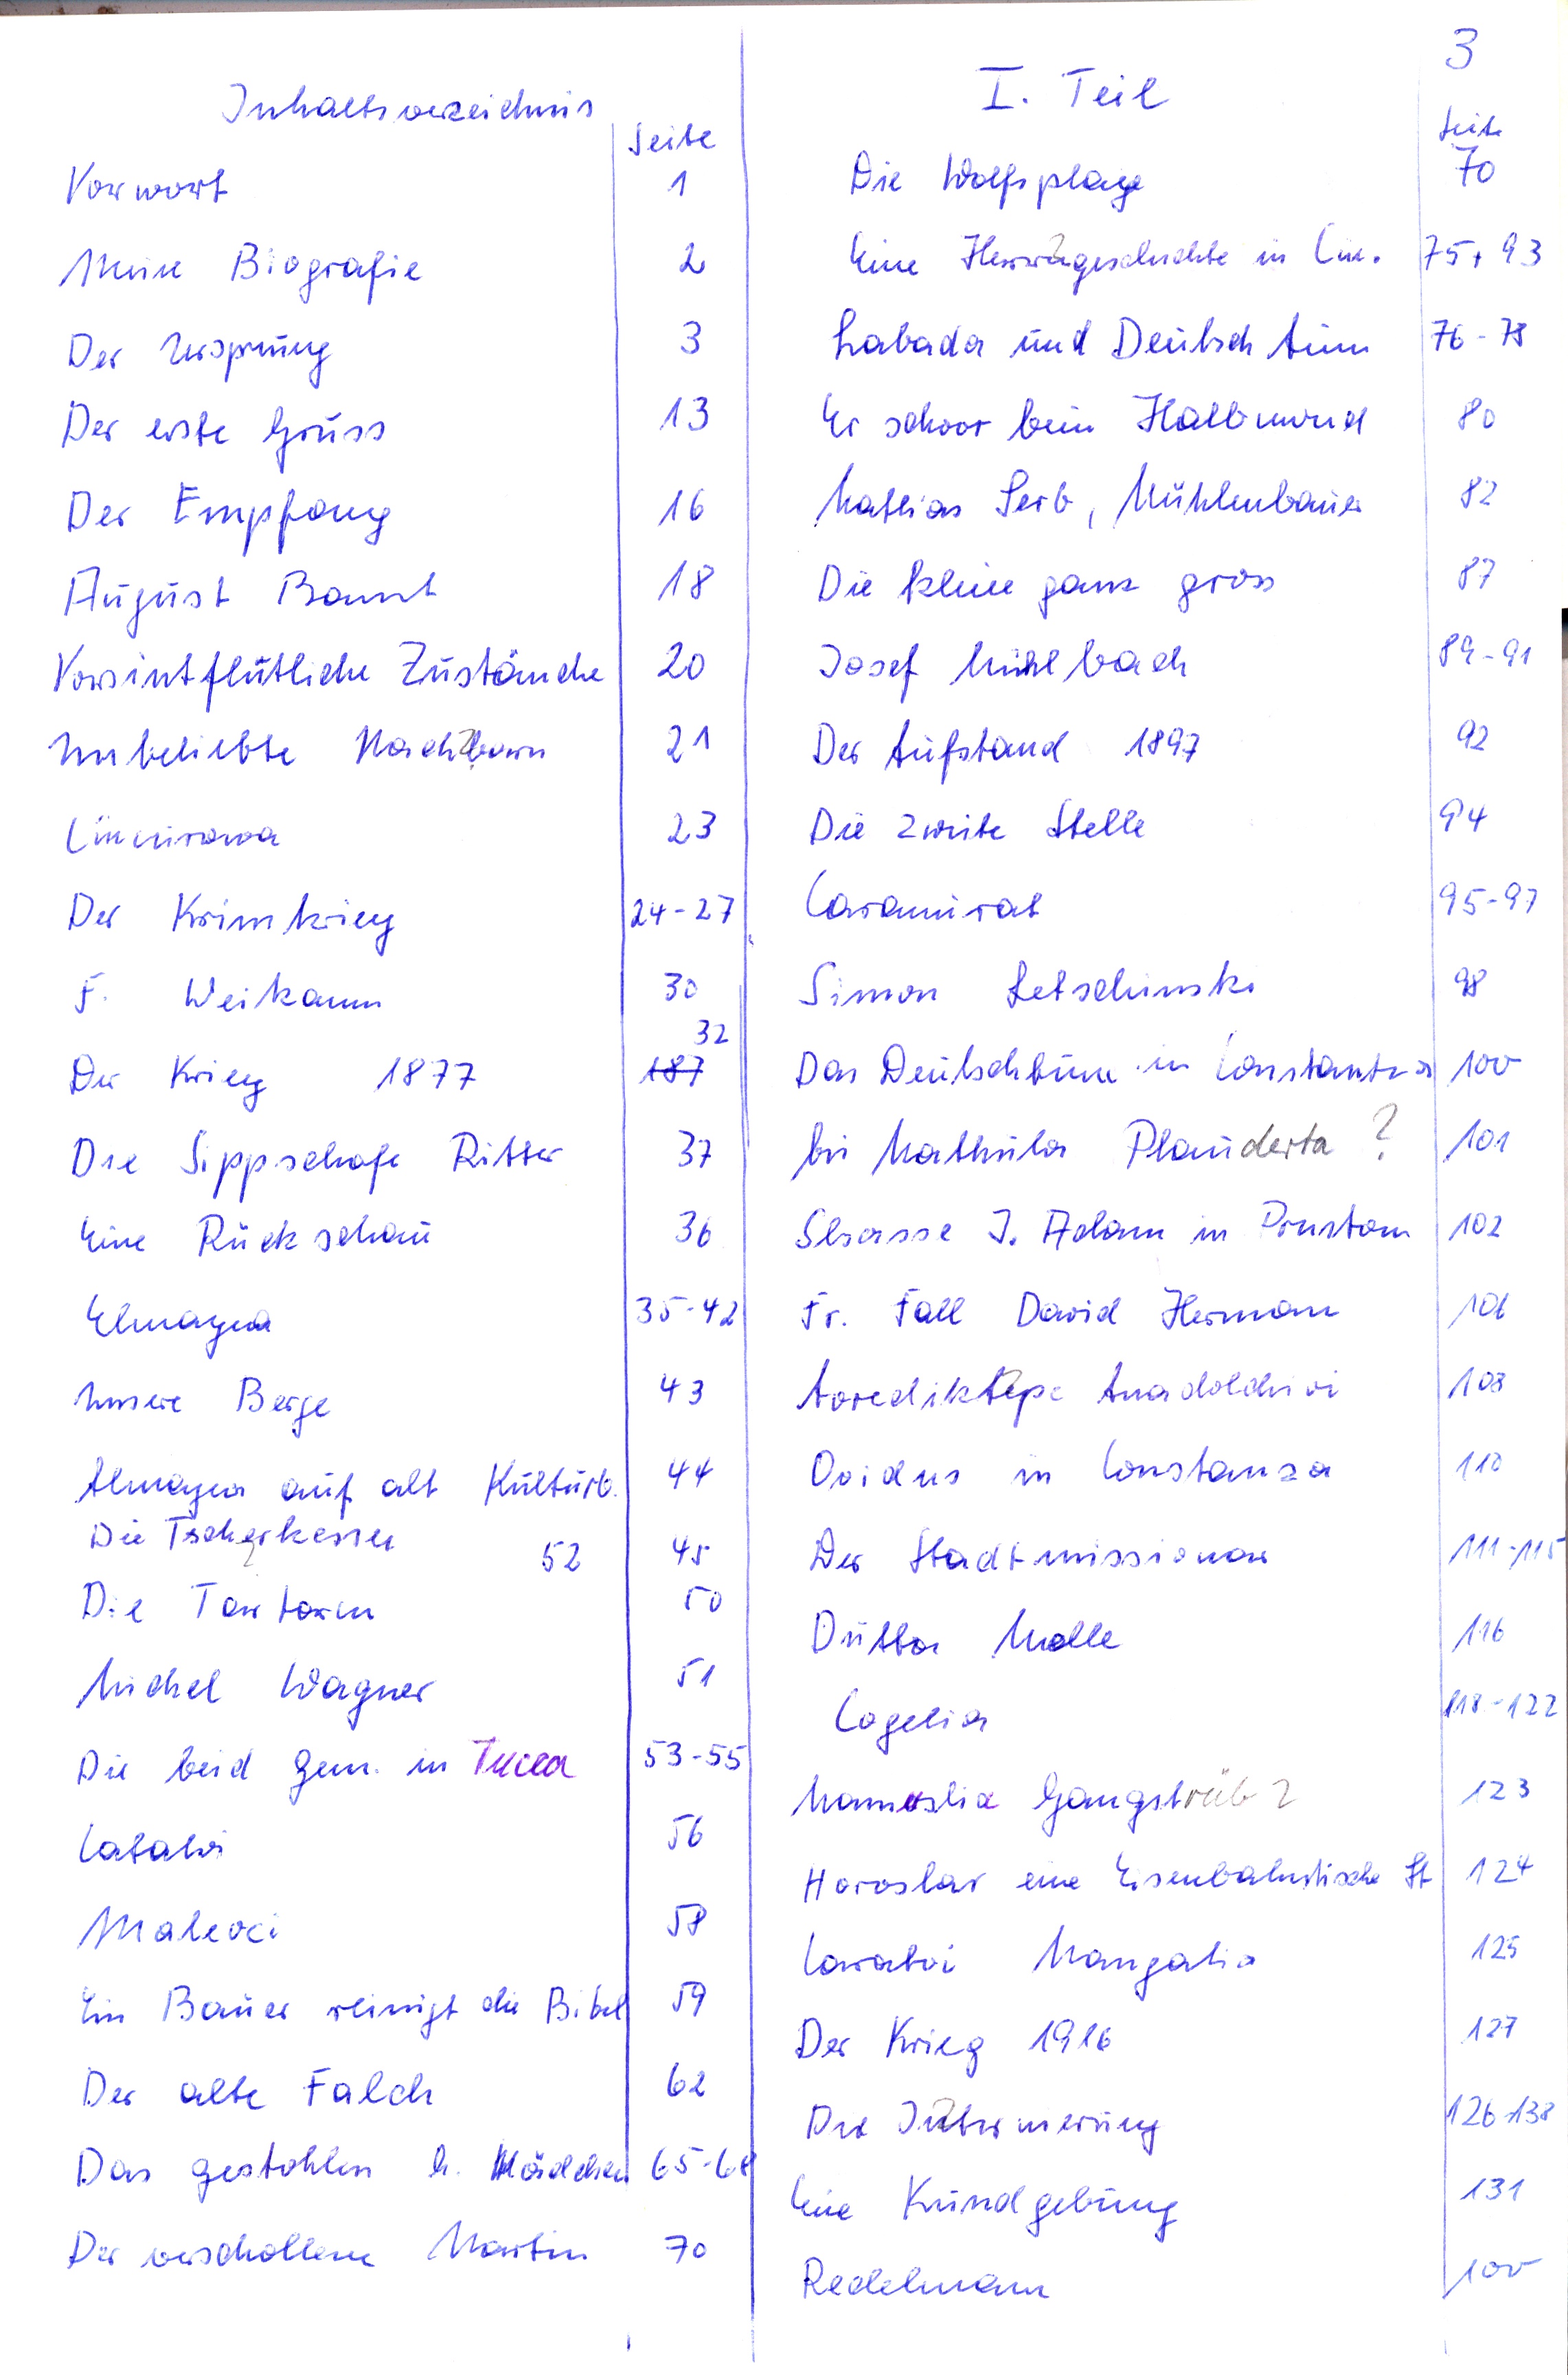
Inhaltsverzeichnis
Vorwort
Meine Biografie
Der Ursprung
Der erste Gruss
Der Empfang
August Bannt
Vorsintflutliche Zustände
Unbeliebte Nachbarn
Ciucurowa
Der Krimkrieg
F. Weikann
Der Krieg 1877
Die Sippschaft Ritter
Eine Rückschau
Elmayna	35-42
Unsere Berge	43
Atmagea auf alt Kulturb.
Die Tscherkessen
Die Tartaren
Michel Wagner
Die beid. Gem. in Tucea
Latalvi
Malcoci
Ein Bauer reinigt die Bibel
Der alte Falch
Das gestohlen h. Mädchen
Der verschollene Martin

I. Teil
Die Wolfsplage
Eine Herzengeschichte in Ciu
Babada und Deutschtum
Er schwor beim Halbmond
Mathias Serb, Mühlenbauer
Die kleine ganz gross
Josef Mühlbach
Der Aufstand 1897
Die zweite Stelle
Caramurat
Simon Letschinski
Das Deutschtum in Constantza
bei Mathula Plauderta?
Slsasse J. Adam in Pruston
Fr. Fall David Herman
Aorediktepe Anadolchioi
Ovidus in Constanza
Der Stadtmissionar
Dritte Welle
Cogelia
Mamuslia Gangstrüb ?
Horoslar eine Eisenbahnstische St.
Caratai   Mangalia
Der Krieg 1916
Die Internierung
Eine Kundgebung
Redelmann